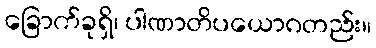
ခြောက်ခုရှိ၊ ပါဏာတိပယောဂတည်း။